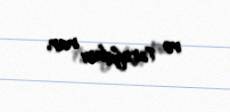
və tərəfdarı var.